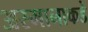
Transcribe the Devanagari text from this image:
अस्मानाकडे